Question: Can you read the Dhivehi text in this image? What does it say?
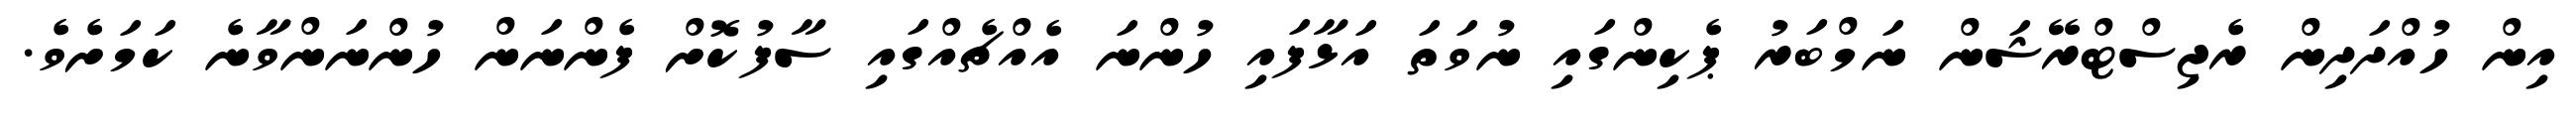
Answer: އިން ހުއްދަދިން ރެޖިސްޓްރޭޝަން ނަމްބަރު ޕެކިންގައި ނުވަތަ އަޅާފައި ހުންނަ އެއްޗެއްގައި ސާފުކޮށް ފެންނަން ހުންނަންވާނެ ކަމަށެވެ.